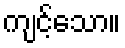
ကျင့်သော။